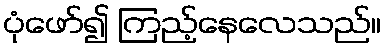
ပုံဖော်၍ ကြည့်နေလေသည်။